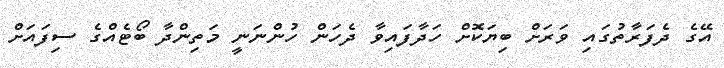
އޭގެ ދެފަރާތުގައި ވަރަށް ބިޔަކޮށް ހަދާފައިވާ ދެހަން ހުންނަނީ މަތިންދާ ބޯޓެއްގެ ސިފައަށް